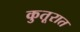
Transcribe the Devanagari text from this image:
कुतूरात